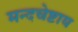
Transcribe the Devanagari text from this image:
मन्दचेष्टाय